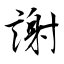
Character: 謝